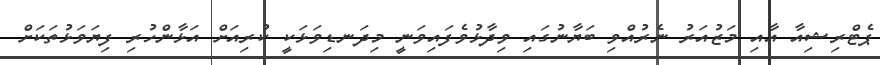
ޕެޓްރިޝިއާ އާއި މަޒުއަރު ނެރުއްވި ބަޔާނުގައި ވިދާޅުވެފައިވަނީ މިދަނޑިވަޅަކީ ކުރިއަށް އަޅާންހުރި ފިޔަވަޅުތަކަށް